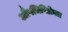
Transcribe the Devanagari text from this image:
औषधिविक्रेता